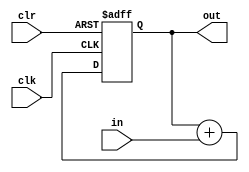
module integrator (
	input wire clk,
	input wire clr,
	input wire signed [n-1:0] in,
	output reg signed [m-1:0] out = 0
);

parameter n = 16;
parameter m = 17;

always @ (posedge clk, posedge clr)
begin
	if (clr == 1)
	begin
		out <= 0;
	end else begin
		out <= out + in;
	end
end

endmodule